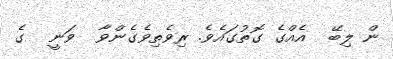
ން ލިބޭ  އެއްގެ ގޮތުގައެވެ. ރިވެތިވެގެންވާ  ވަނީ  ގެ